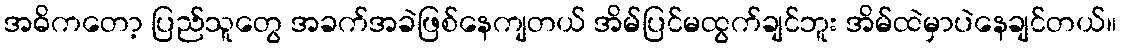
အဓိကတော့ ပြည်သူတွေ အခက်အခဲဖြစ်နေကျတယ် အိမ်ပြင်မထွက်ချင်ဘူး အိမ်ထဲမှာပဲနေချင်တယ်။